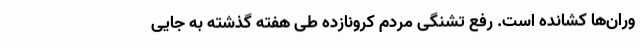
وران‌ها کشانده است. رفع تشنگی مردم کرونازده طی هفته گذشته به جایی